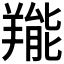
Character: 𦎵